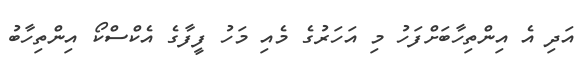
އަދި އެ އިންތިހާބަށްފަހު މި އަހަރުގެ މެއި މަހު ފީފާގެ އެކްސްކޯ އިންތިހާބު